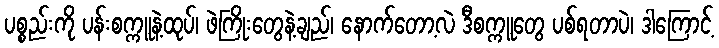
ပစ္စည်းကို ပန်းစက္ကူနဲ့ထုပ်၊ ဖဲကြိုးတွေနဲ့ချည်၊ နောက်တော့လဲ ဒီစက္ကူတွေ ပစ်ရတာပဲ၊ ဒါကြောင့်